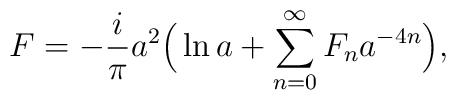
F = - \frac{i}{\pi} a^2\Big(\ln a+ \sum\limits_{n=0}^\infty F_n a^{-4n}\Big),